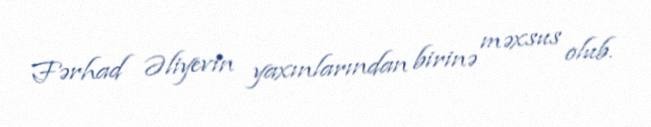
Fərhad Əliyevin yaxınlarından birinə məxsus olub.